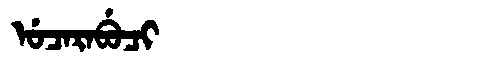
Manchu: ᡠᠴᠠᡵᠠᠪᡠᠴᡳ
Romanization: UCARABUCI